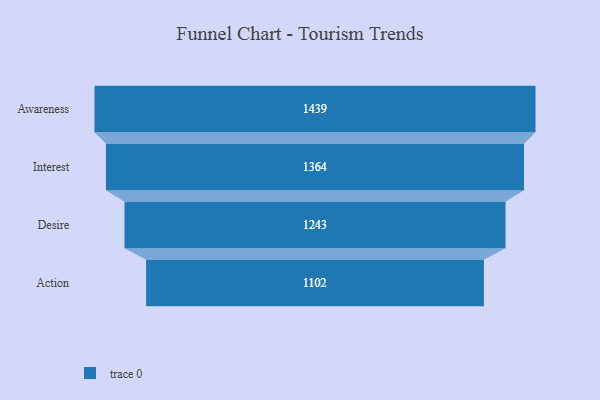
{"axis": {"x": "Stage", "y": "Value"}, "legend": [""], "data": [{"x": "Awareness", "y": 1439.0, "type": ""}, {"x": "Interest", "y": 1364.0, "type": ""}, {"x": "Desire", "y": 1243.0, "type": ""}, {"x": "Action", "y": 1102.0, "type": ""}]}